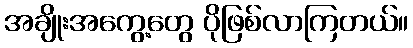
အချိုးအကွေ့တွေ ပိုဖြစ်လာကြတယ်။